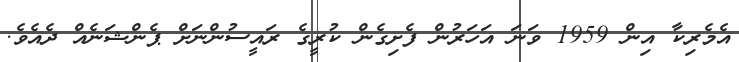
އެމެރިކާ އިން 1959 ވަނަ އަހަރުން ފެށިގެން ކުރީގެ ރައީސުންނަށް ޕެންޝަނެއް ދެއެވެ.